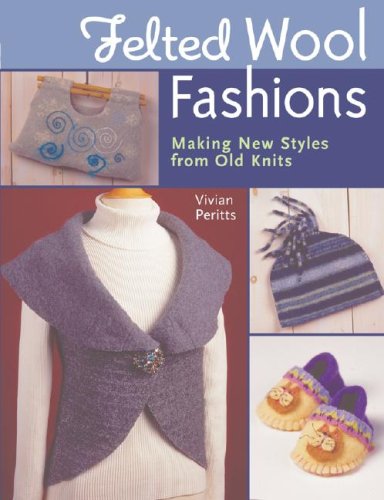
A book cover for Felted Wool Fashions: Making New Styles from Old Knits; Vivian Peritts; Crafts, Hobbies & Home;